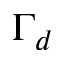
\Gamma _ { d }